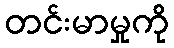
တင်းမာမှုကို